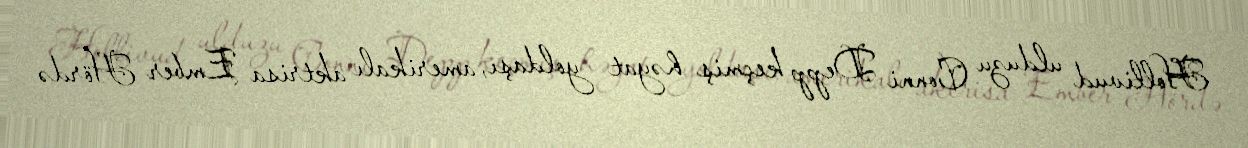
Hollivud ulduzu Conni Depp keçmiş həyat yoldaşı, amerikalı aktrisa Ember Hördə